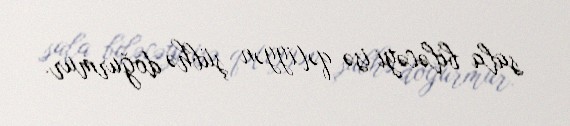
sala biləcəyi isə qətiyyən şübhə doğurmur.